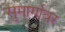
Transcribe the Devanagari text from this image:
सुमार्गावर